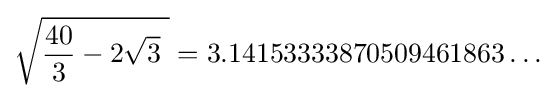
{\sqrt {{40 \over 3}-2{\sqrt {3}}\ }}=3.14153333870509461863\dots